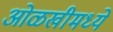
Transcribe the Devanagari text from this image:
ओळखीमध्ये